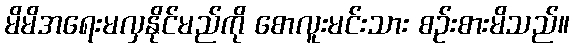
မိမိအရေးမလှနိုင်မည်ကို စောလူးမင်းသား စဉ်းစားမိသည်။